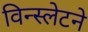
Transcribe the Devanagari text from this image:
विन्स्लेटने